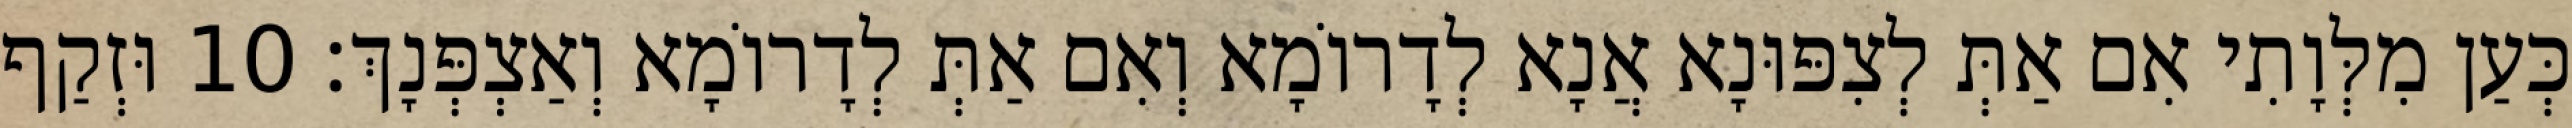
כְּעַן מִלְּוָתִי אִם אַתְּ לְצִפּוּנָא אֲנָא לְדָרוֹמָא וְאִם אַתְּ לְדָרוֹמָא וְאַצְפְּנָךְ׃ 10 וּזְקַף